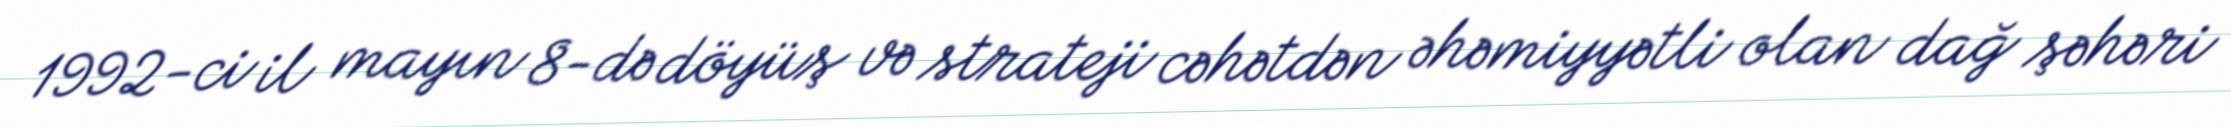
1992-ci il mayın 8-də döyüş və strateji cəhətdən əhəmiyyətli olan dağ şəhəri